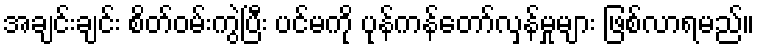
အချင်းချင်း စိတ်ဝမ်းကွဲပြီး ပင်မကို ပုန်ကန်တော်လှန်မှုများ ဖြစ်လာရမည်။